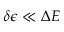
\delta \epsilon \ll \Delta E